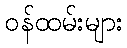
ဝန်ထမ်းများ